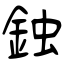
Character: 鉵